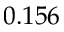
0 . 1 5 6